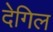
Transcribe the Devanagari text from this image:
देगिल